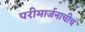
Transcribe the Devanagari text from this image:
परीमार्जनाचीच